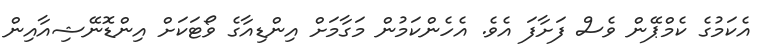
އެކަމުގެ ކެމްޕޭން ވެސް ފަށާފަ އެވެ. އެހެންކަމުން މަގާމަށް އިންޑިއާގެ ވޯޓަކަށް އިންޑޮނޭޝިއާއިން